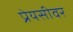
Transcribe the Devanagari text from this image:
प्रेयसीवर